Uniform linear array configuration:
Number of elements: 12
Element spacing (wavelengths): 1
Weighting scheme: exponential
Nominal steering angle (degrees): -30
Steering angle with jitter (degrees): -29.443
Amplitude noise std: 0.05
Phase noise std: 0.05

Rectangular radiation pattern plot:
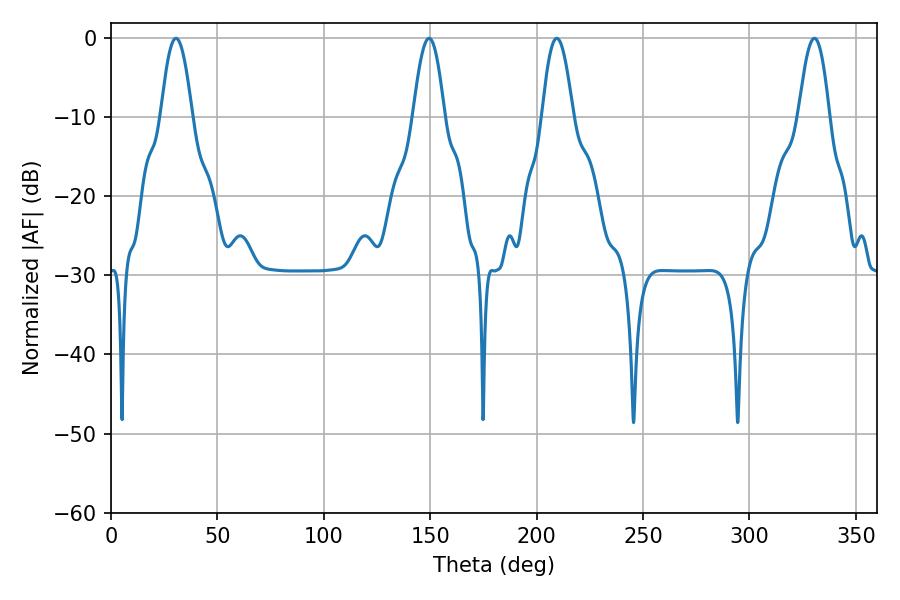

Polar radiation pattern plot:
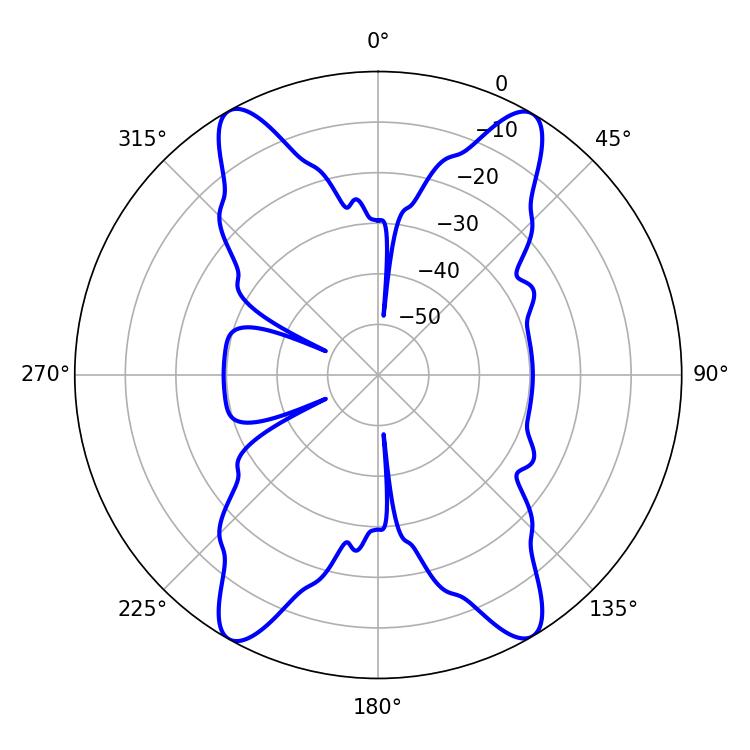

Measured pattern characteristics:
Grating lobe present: TRUE
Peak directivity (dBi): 25.939
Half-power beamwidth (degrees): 7.92
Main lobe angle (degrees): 330.48